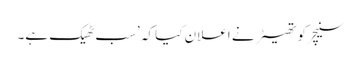
سنیچر کو تھیٹر نے اعلان کیا کہ ’سب ٹھیک ہے۔